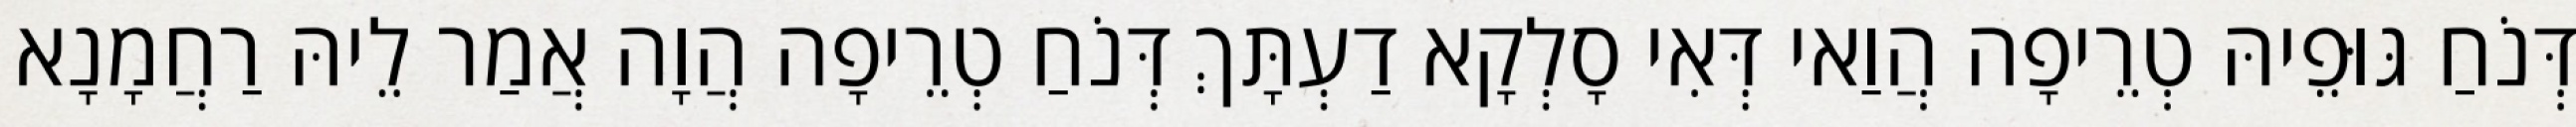
דְּנֹחַ גּוּפֵיהּ טְרֵיפָה הֲוַאי דְּאִי סָלְקָא דַעְתָּךְ דְּנֹחַ טְרֵיפָה הֲוָה אֲמַר לֵיהּ רַחֲמָנָא